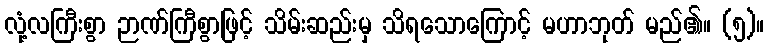
လုံ့လကြီးစွာ ဉာဏ်ကြီစွာဖြင့် သိမ်းဆည်းမှ သိရသောကြောင့် မဟာဘုတ် မည်၏။ (၅)။